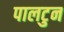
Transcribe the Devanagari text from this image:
पालटुन